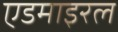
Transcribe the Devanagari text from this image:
एडमाइरल